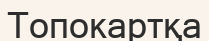
Топокартқа